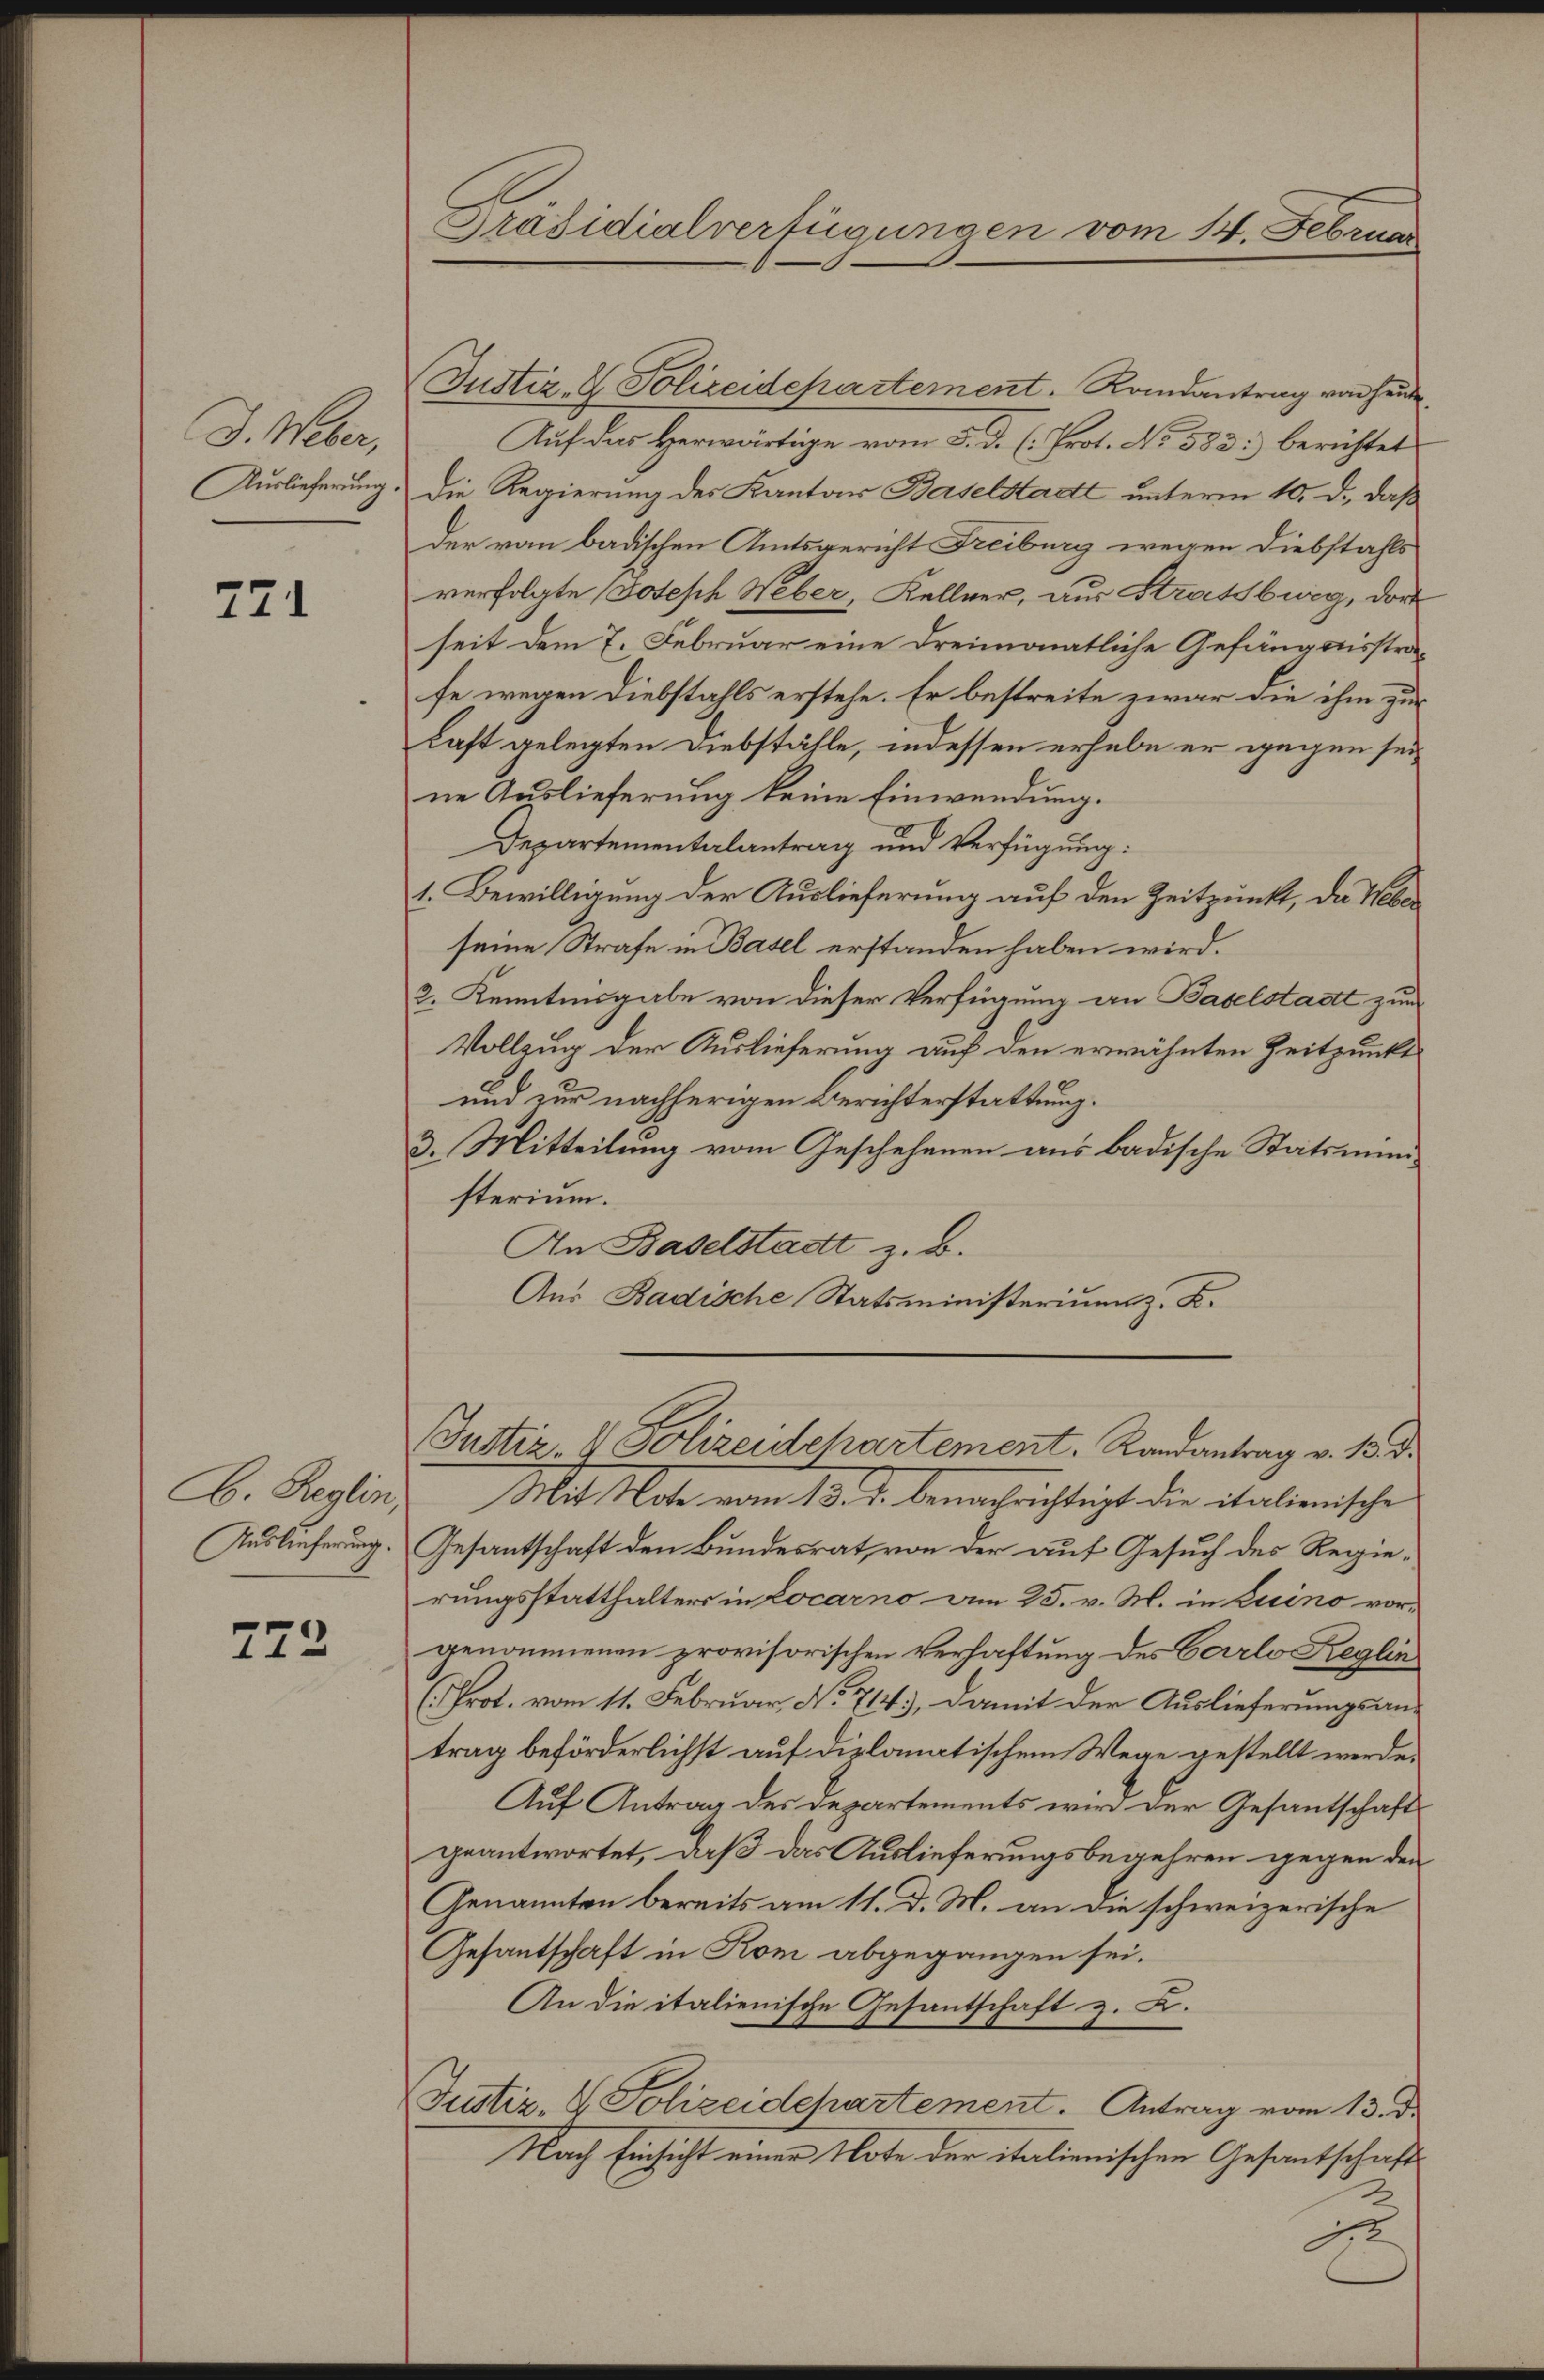
J. Weber,
Auslieferung.

771

C. Reglin,
Auslieferung

772

Präsidialverfügungen vom 14. Februn

Justiz- & Polizeidepartement. Kandantrag von heute
Auf das Herwärtige vom 5. d. (: Prot. No 583: berichtet
Die Regierung des Kanton Baselstadt unterm 10. d. daß
der von badischen Amtsgericht Freiburg wegen Diebstahls
verfolgte Joseph Weber, Kellner, aus Stratsweg, dort
seit dem 7. Februar eine dreimonatliche Gefängnisstrafe wegen Diebstahls erstehe. Er bestreite zwar die ihm zur
Last gelegten Diebstähle, indessen erhabe er gegen sei
ne Auslieferung keine Einwendung.
Departementalantrag und Verfügung:
1. Bewilligung der Auslieferung auf den Zeitpunkt, da Webeseine Strafe in Basel erstanden haben wird.
2. Kenntnisgabe von dieser Verfügung an Baselstadtt zum
Vollzug der Auslieferung auf den erwähnten Zeitpunkt
und zur nachherigen Berichterstattung.
3. Mitteilung vom Geschehenen aus badische Statsmini-
sterium.
An Baselstadt z. B.
Aus Badische Statsministerium z. B.
Bustiz- & Polizeidchartement. Randantrag v. 15. d.
Mit Mate vom 13. d. benachrichtigt die italienische
Gesantschaft den Bundesrat, von der auf Gesuch des Regierungsstatthalters in Locarno am 25. v. M. in Luino vorgenommenen provisorischen Verhaftung des Carlo Reglin
(Prot. vom 11. Februar, No 714.), damit der Auslieferungsantrag beförderlichst auf diplomatischem Wege gestellt werde.
Auf Antrag des Departements wird der Gesantschaft
geantwortet, daß das Auslieferungsbegehren gegen den
Genannten bereits am 11. d. M. an die schweizerische
Gesantschaft in Kom abgegangen sei.
An die italienische Gesantschaft z. B.
Justiz- & Polizeidchartement. Antrag vom 13. d.
Nach Einsicht einer Note der italienischen Gesantschaft
Er